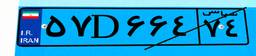
۵۷D۶۶۴۷۴